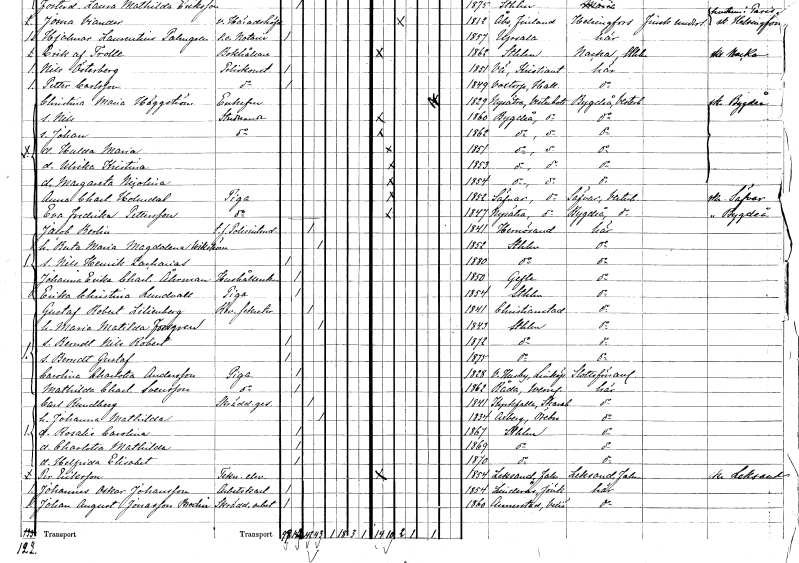
gt_parse: households: individuals: FN: Christina Maria
EN: Häggström
KON: K
CIV: E
FODAR: 1829
FODFORS: Nysätra Västerbottens län
FN: Nils
YRKE: Studerande
KON: M
CIV: O
FODAR: 1860
FODFORS: Bygdeå Västerbottens län
FN: Johan
YRKE: Studerande
KON: M
CIV: O
FODAR: 1862
FODFORS: Bygdeå Västerbottens län
FN: Hulda Maria
KON: K
CIV: O
FODAR: 1851
FODFORS: Bygdeå Västerbottens län
FN: Ulrika Kristina
KON: K
CIV: O
FODAR: 1853
FODFORS: Bygdeå Västerbottens län
FN: Margareta Nicolina
KON: K
CIV: O
FODAR: 1854
FODFORS: Bygdeå Västerbottens län
FN: Anna Charlotta
EN: Holmdal
YRKE: Piga
KON: K
CIV: O
FODAR: 1852
FODFORS: Sävar Västerbottens län
FN: Eva Fredrika
EN: Pettersson
YRKE: Piga
KON: K
CIV: O
FODAR: 1847
FODFORS: Nysätra Västerbottens län
FN: Jacob
EN: Berlin
YRKE: Polisintendent t.f.
KON: M
CIV: G
FODAR: 1841
FODFORS: Härnösand Västernorrlands län
FN: Berta Maria Magdalena
EN: Wikström
KON: K
CIV: G
FODAR: 1852
FODFORS: Stockholm
FN: Nils Henrik Zacharias
KON: M
CIV: O
FODAR: 1880
FODFORS: Stockholm
FN: Johanna Erika Charlotta
EN: Åhrman
YRKE: Hushållerska
KON: K
CIV: O
FODAR: 1850
FODFORS: Gävle Gävleborgs län
FN: Erika Christina
EN: Lundvall
YRKE: Piga
KON: K
CIV: O
FODAR: 1854
FODFORS: Stockholm
FN: Gustaf Robert
EN: Lilienberg
YRKE: Revisionssekreterare
KON: M
CIV: G
FODAR: 1841
FODFORS: Kristianstad Kristianstads län
FN: Maria Matilda
EN: Forsgren
KON: K
CIV: G
FODAR: 1843
FODFORS: Stockholm
FN: Berndt Nils Robert
KON: M
CIV: O
FODAR: 1872
FODFORS: Stockholm
FN: Berndt Gustaf
KON: M
CIV: O
FODAR: 1875
FODFORS: Stockholm
FN: Carolina Charlotta
EN: Andersson
YRKE: Piga
KON: K
CIV: O
FODAR: 1828
FODFORS: Västra Husby Östergötlands län
FN: Mathilda Charlotta
EN: Svensson
YRKE: Piga
KON: K
CIV: O
FODAR: 1862
FODFORS: Råda Värmlands län
FN: Carl
EN: Rundberg
YRKE: Skräddaregesäll
KON: M
CIV: G
FODAR: 1841
FODFORS: Kyrkefalla Skaraborgs län
FN: Johanna Matilda
KON: K
CIV: G
FODAR: 1834
FODFORS: Axberg Örebro län
FN: Rosalie Carolina
KON: K
CIV: O
FODAR: 1867
FODFORS: Stockholm
FN: Charlotta Mathilda
KON: K
CIV: O
FODAR: 1869
FODFORS: Stockholm
FN: Helfrida Elisabet
KON: K
CIV: O
FODAR: 1870
FODFORS: Stockholm
FN: Per
EN: Eriksson
YRKE: Teknologelev
KON: M
CIV: O
FODAR: 1854
FODFORS: Leksand Kopparbergs län
FN: Johannes Oskar
EN: Johansson
YRKE: Arbetskarl
KON: M
CIV: O
FODAR: 1854
FODFORS: Linderås Jönköpings län
FN: Johan August
EN: Jonasson Bodin
YRKE: Skrädderiarbetare
KON: M
CIV: O
FODAR: 1860
FODFORS: Annerstad Kronobergs län